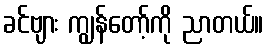
ခင်ဗျား ကျွန်တော့်ကို ညာတယ်။